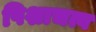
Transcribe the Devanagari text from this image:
पिशाचत्व